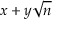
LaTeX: x + y { \sqrt { n } }